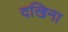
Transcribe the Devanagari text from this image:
दखिना